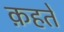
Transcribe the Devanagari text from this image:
क़हते